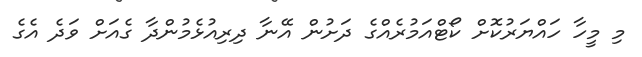
މި މީހާ ހައްޔަރުކޮށް ކޯޓްއަމުރެއްގެ ދަށުން އޭނާ ދިރިއުޅެމުންދާ ގެއަށް ވަދެ އެގެ